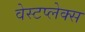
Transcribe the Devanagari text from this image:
वेस्टप्लेक्स